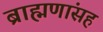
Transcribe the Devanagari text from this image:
ब्राह्मणांसह